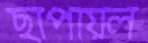
ছাপায়ল